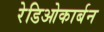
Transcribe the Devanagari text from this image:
रेडिओकार्बन